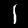
Label: 1